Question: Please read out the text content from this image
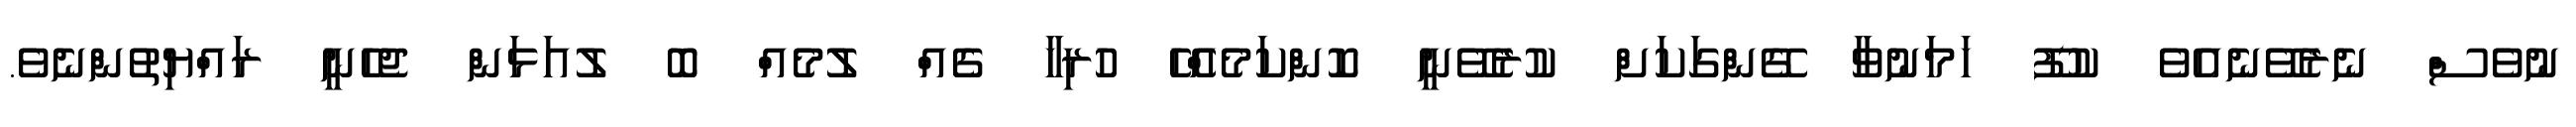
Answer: ނުވެސް ނެރެވޭނެއެވެ ކުފޫ ހަމަނުވާ ގޭންގަކަށް ކުރެވޭނީ ކޮންކަމެއްހޭ ހުރިހާ ގެއް ލުމެއް ބޮ ލުއަޅަން ޖެހެނީ ރައްޔިތުންނެވެ.